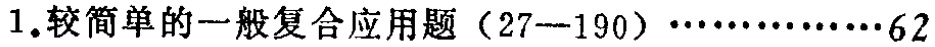
1.较简单的一般复合应用题（27---190）\(\cdots\cdots\cdots\cdots62\)